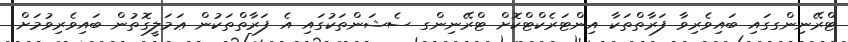
ޓްރޭނިންގގައި ބައިވެރިވާ ފަރާތްތަކާ އިންޓަރެކްޓްކޮށް ޓްރޭނިންގ ސެޝަންތަކުގައި އެ ފަރާތްތަކުން ޢަމަލީގޮތުން ބައިވެރިވުމަށް